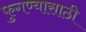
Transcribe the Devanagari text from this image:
फुगण्यासाठी